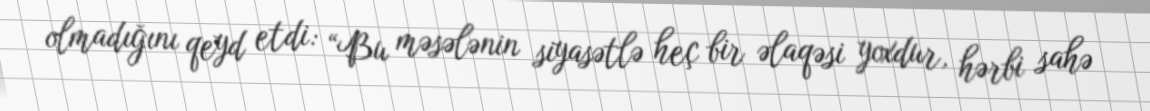
olmadığını qeyd etdi: “Bu məsələnin siyasətlə heç bir əlaqəsi yoxdur, hərbi sahə